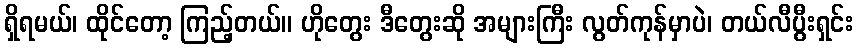
ရှိရမယ်၊ ထိုင်တော့ ကြည့်တယ်။ ဟိုတွေး ဒီတွေးဆို အများကြီး လွတ်ကုန်မှာပဲ၊ တယ်လီပွီးရှင်း